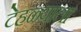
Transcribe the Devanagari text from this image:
टेहळ्याला